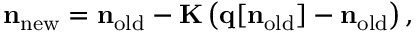
{ \bf n } _ { \mathrm { n e w } } = { \bf n } _ { \mathrm { o l d } } - { \bf K } \left( { \bf q } [ { \bf n } _ { \mathrm { o l d } } ] - { \bf n } _ { \mathrm { o l d } } \right) ,